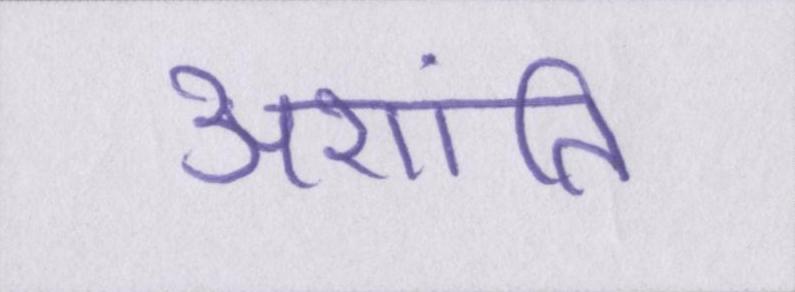
अशांति